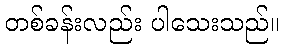
တစ်ခန်းလည်း ပါသေးသည်။